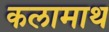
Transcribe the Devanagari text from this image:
कलामाथ